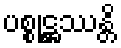
ပစ္စုဋ္ဌဿန္တိ